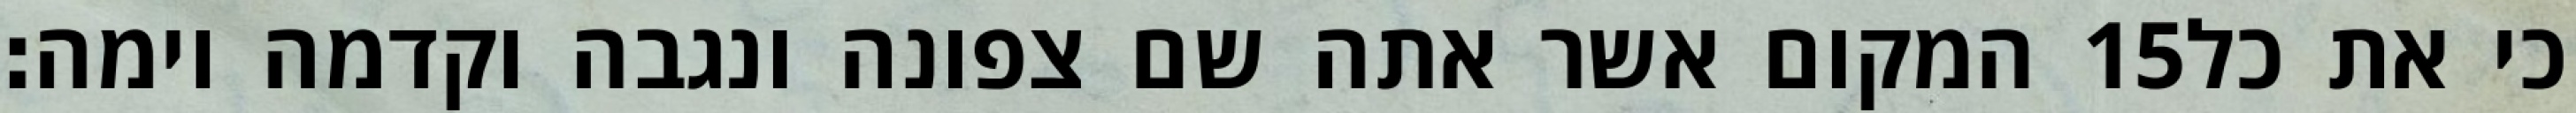
המקום אשר אתה שם צפונה ונגבה וקדמה וימה׃ ‎15‏ כי את כל